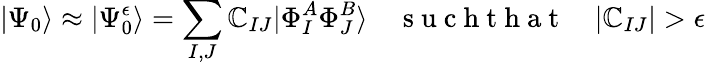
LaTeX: |\Psi_{0}\rangle\approx|\Psi_{0}^{\epsilon}\rangle=\sum_{I,J}\mathbb{C}_{IJ}|\Phi_{I}^{A}\Phi_{J}^{B}\rangle\quad\mathrm{{~s~u~c~h~t~h~a~t~}}\quad|\mathbb{C}_{IJ}|>\epsilon